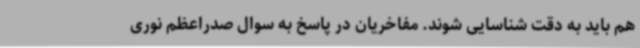
هم باید به دقت شناسایی شوند. مفاخریان در پاسخ به سوال صدراعظم نوری